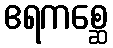
ဧရကစ္ဆေ